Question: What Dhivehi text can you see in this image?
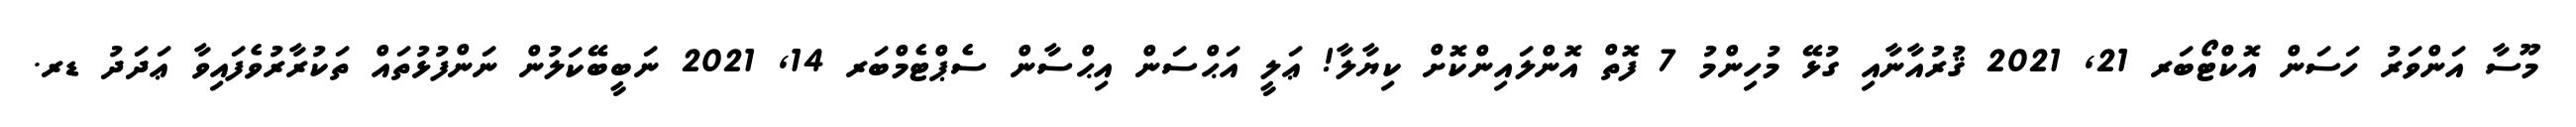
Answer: މޫސާ އަންވަރު ހަސަން އޮކްޓޯބަރ 21, 2021 ޤުރުއާނާއި ގުޅޭ މުހިންމު 7 ފޮތް އޮންލައިންކޮށް ކިޔާލާ! ޢަލީ އަޙްސަން އިޙްސާން ސެޕްޓެމްބަރ 14, 2021 ނަބީބޭކަލުން ނަންފުޅުތައް ތަކުރާރުވެފައިވާ ޢަދަދު ޑރ.